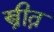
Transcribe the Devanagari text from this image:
स्त्रीत्न